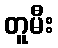
တူမီး